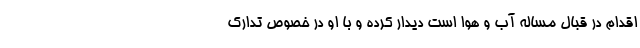
اقدام در قبال مساله آب و هوا است دیدار کرده و با او در خصوص تدارک